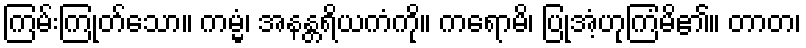
ကြမ်းကြုတ်သော။ ကမ္မံ၊ အနန္တရိယကံကို။ ကရောမိ၊ ပြုအံ့ဟုကြံမိ၏။ တာတ၊